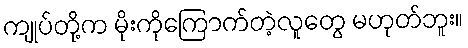
ကျုပ်တို့က မိုးကိုကြောက်တဲ့လူတွေ မဟုတ်ဘူး။